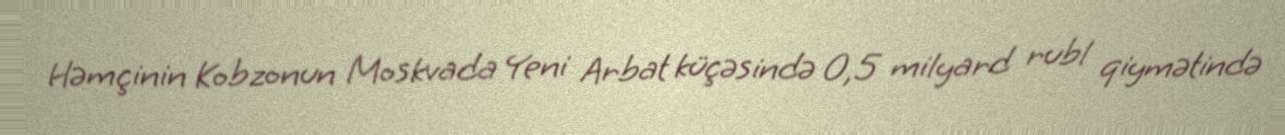
Həmçinin Kobzonun Moskvada Yeni Arbat küçəsində 0,5 milyard rubl qiymətində